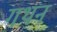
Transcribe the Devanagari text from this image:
गथन